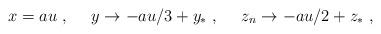
LaTeX: \begin{align*}x = au \ , \ \ \ \ y \rightarrow -au/3 +y_* \ , \ \ \ \ z_n \rightarrow -au/2 + z_*\ ,\end{align*}